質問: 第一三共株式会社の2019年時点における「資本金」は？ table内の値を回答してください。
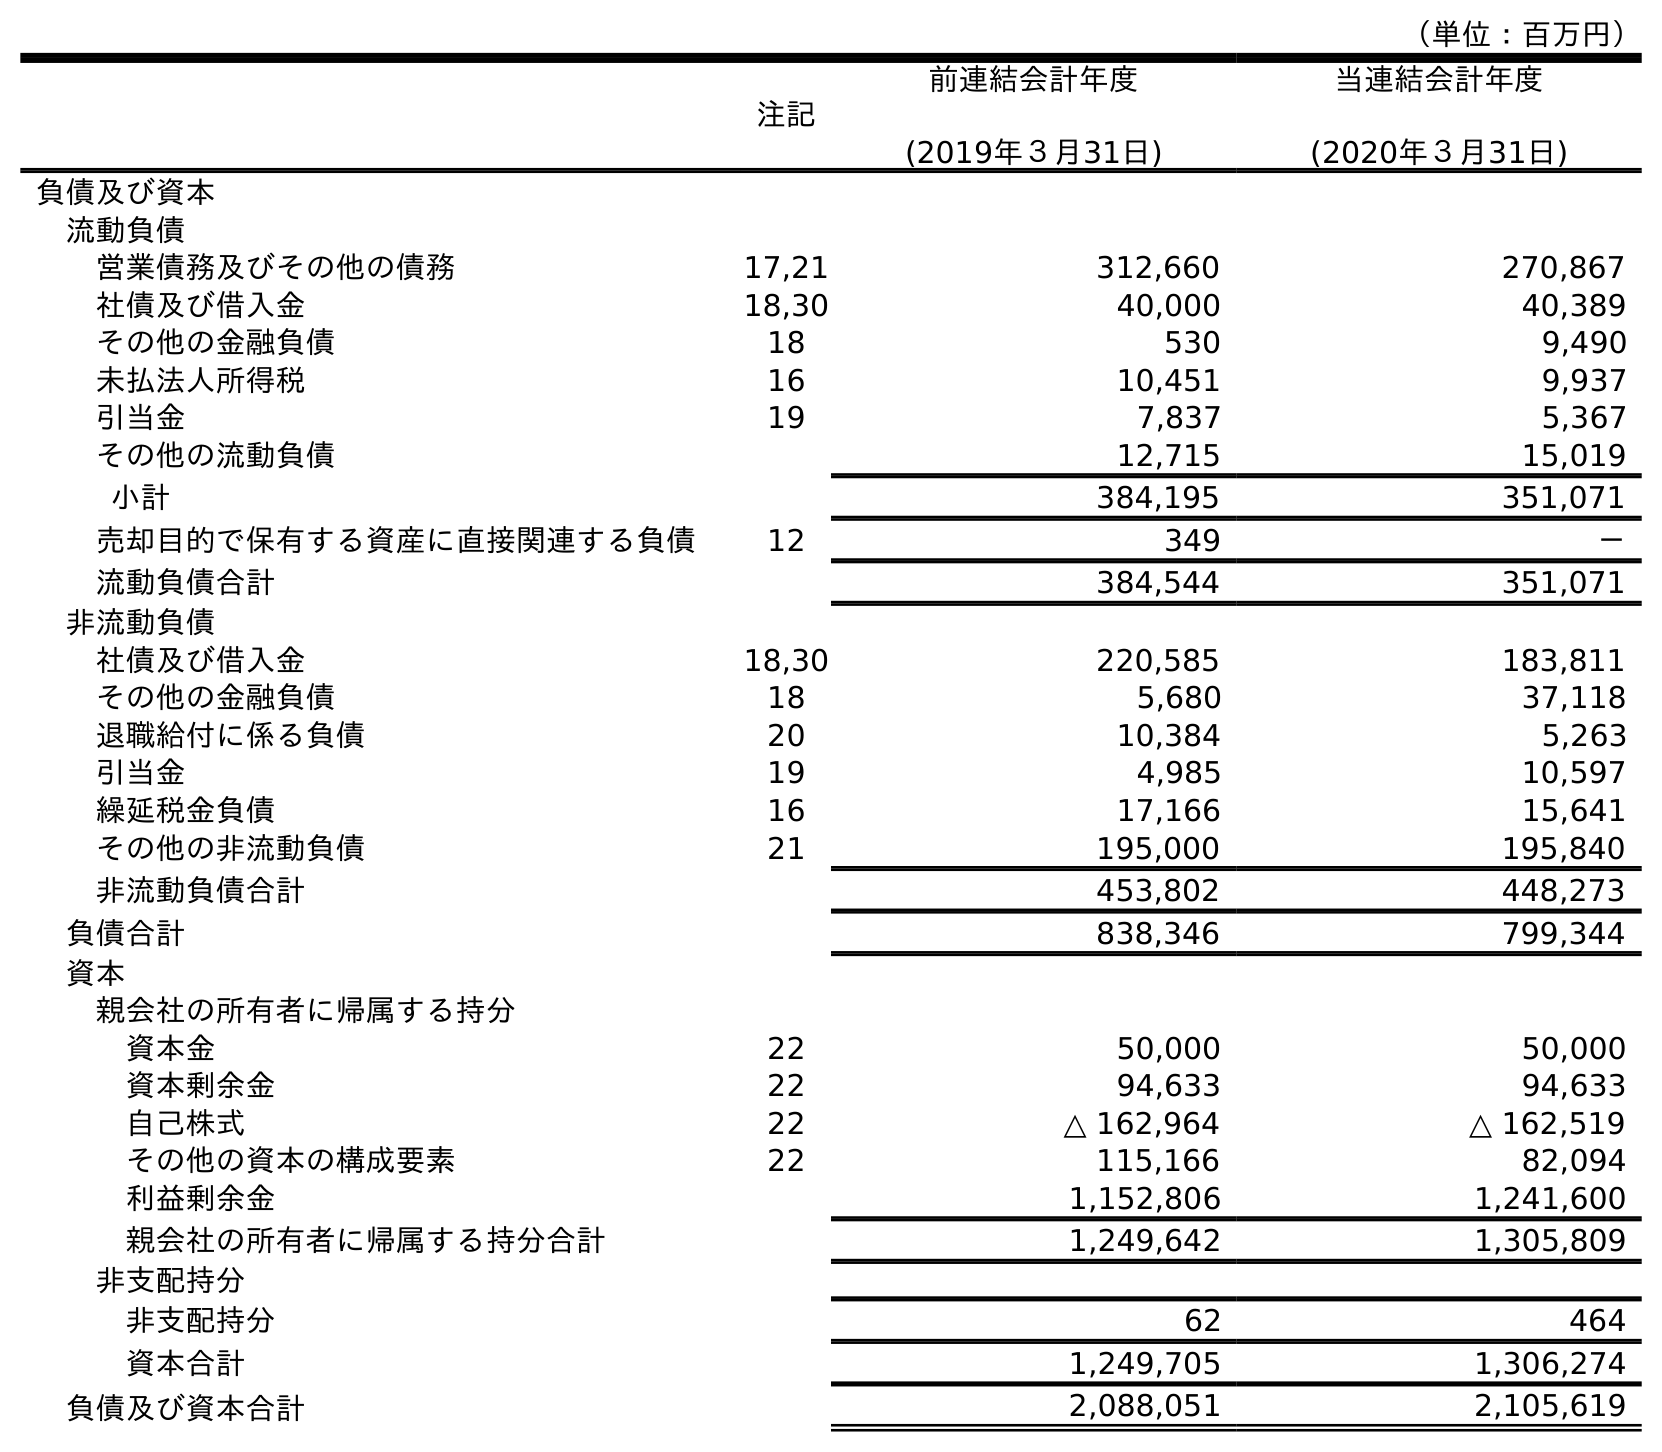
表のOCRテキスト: （単位：百万円） 注記 前連結会計年度 (2019年３月31日) 当連結会計年度 (2020年３月31日) 負債及び資本 流動負債 営業債務及びその他の債務 17,21 312,660 270,867 社債及び借入金 18,30 40,000 40,389 その他の金融負債 18 530 9,490 未払法人所得税 16 10,451 9,937 引当金 19 7,837 5,367 その他の流動負債 12,715 15,019 小計 384,195 351,071 売却目的で保有する資産に直接関連する負債 12 349 － 流動負債合計 384,544 351,071 非流動負債 社債及び借入金 18,30 220,585 183,811 その他の金融負債 18 5,680 37,118 退職給付に係る負債 20 10,384 5,263 引当金 19 4,985 10,597 繰延税金負債 16 17,166 15,641 その他の非流動負債 21 195,000 195,840 非流動負債合計 453,802 448,273 負債合計 838,346 799,344 資本 親会社の所有者に帰属する持分 資本金 22 50,000 50,000 資本剰余金 22 94,633 94,633 自己株式 22 △ 162,964 △ 162,519 その他の資本の構成要素 22 115,166 82,094 利益剰余金 1,152,806 1,241,600 親会社の所有者に帰属する持分合計 1,249,642 1,305,809 非支配持分 非支配持分 62 464 資本合計 1,249,705 1,306,274 負債及び資本合計 2,088,051 2,105,619
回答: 50,000